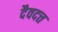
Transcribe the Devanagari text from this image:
दैवदत्त